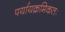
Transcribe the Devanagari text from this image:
पर्यायक्रमिकतः